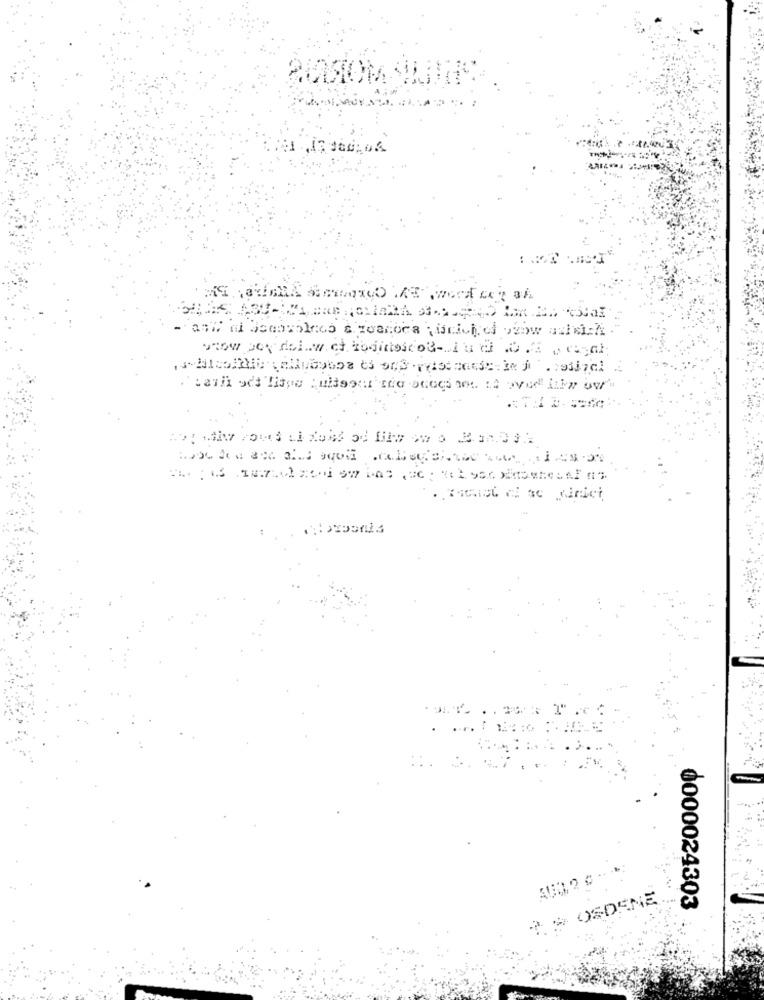
AU0,2 G
OSDENE
0000024303